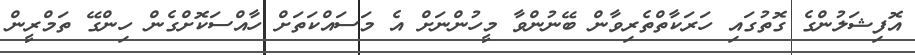
އޮފިޝަލުންގެ ގޮތުގައި ހަރަކާތްތެރިވާން ބޭނުންވާ މީހުންނަށް އެ މަސައްކަތަށް ހާއްސަކޮށްގެން ހިންގޭ ތަމްރީން